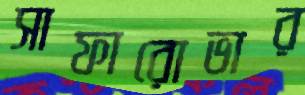
সাফারোভার